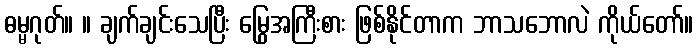
ဓမ္မဂုတ်။ ။ ချက်ချင်းသေပြီး မြွေအကြီးစား ဖြစ်နိုင်တာက ဘာသဘောလဲ ကိုယ်တော်။